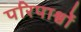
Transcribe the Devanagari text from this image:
परिपार्श्वों